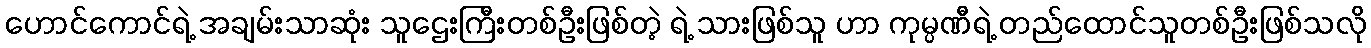
ဟောင်ကောင်ရဲ့ အချမ်းသာဆုံး သူဌေးကြီးတစ်ဦးဖြစ်တဲ့ ရဲ့ သားဖြစ်သူ ဟာ ကုမ္ပဏီရဲ့ တည်ထောင်သူတစ်ဦးဖြစ်သလို